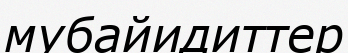
мубайидиттер